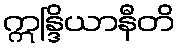
ဣန္ဒြိယာနီတိ